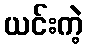
ယင်းကဲ့